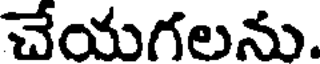
చేయగలను.